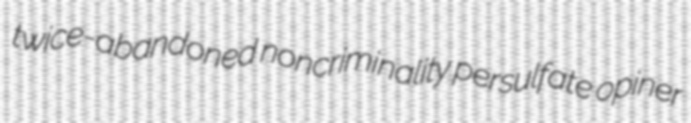
twice-abandoned noncriminality persulfate opiner